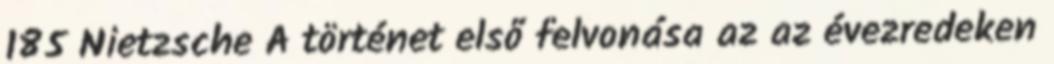
185 Nietzsche A történet első felvonása az az évezredeken